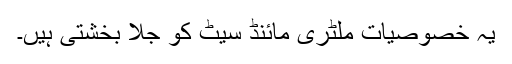
یہ خصوصیات ملٹری مائنڈ سیٹ کو جلا بخشتی ہیں۔